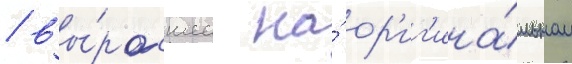
/ вы́росшее на́ ор'иг'ина́льном